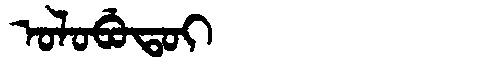
Manchu: ᠣᠯᠣᠪᡠᡨᠣᡳ
Romanization: OLOBUTOI